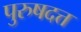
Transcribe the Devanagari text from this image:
पुरुषदत्त